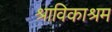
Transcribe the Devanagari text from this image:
श्राविकाश्रम